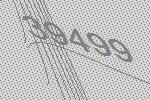
39499